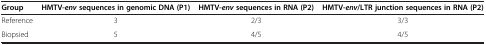
<table><thead><tr><td><b>Group</b></td><td><b>HMTV-<i>env </i>sequences in genomic DNA (P1)</b></td><td><b>HMTV-<i>env </i>sequences in RNA (P2)</b></td><td><b>HMTV- <i>env </i>/LTR junction sequences in RNA (P2)</b></td></tr></thead><tbody><tr><td>Reference</td><td>3</td><td>2/3</td><td>3/3</td></tr><tr><td>Biopsied</td><td>5</td><td>4/5</td><td>4/5</td></tr></tbody></table>